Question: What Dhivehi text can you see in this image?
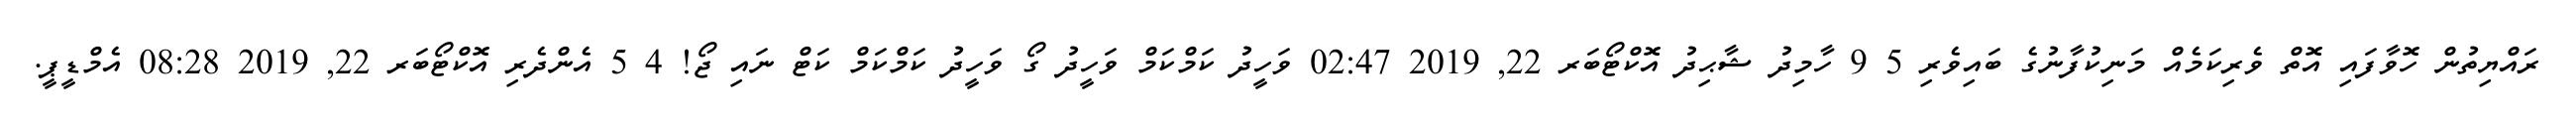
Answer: ރައްޔިތުން ހޮވާފައި އޮތް ވެރިކަމެއް މަނިކުފާނުގެ ބައިވެރި 5 9 ހާމިދު ޝާޙިދު އޮކްޓޯބަރ 22, 2019 02:47 ވަހީދު ކަމްކަމް ވަހީދު ގޯ ވަހީދު ކަމްކަމް ކަޓް ނައި ޖޯ! 4 5 އެންދެރި އޮކްޓޯބަރ 22, 2019 08:28 އެމްޑީޕީ.